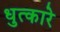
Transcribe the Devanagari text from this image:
धुत्कारे